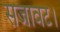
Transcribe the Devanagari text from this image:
सजावट।